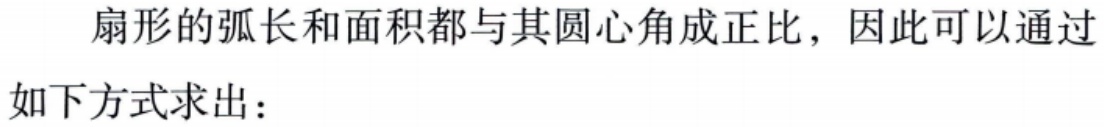
扇形的弧长和面积都与其圆心角成正比，因此可以通过如下方式求出：